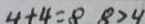
4 + 4 = 8 8 > 4